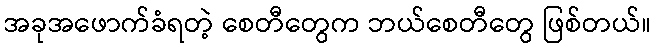
အခုအဖောက်ခံရတဲ့ စေတီတွေက ဘယ်စေတီတွေ ဖြစ်တယ်။